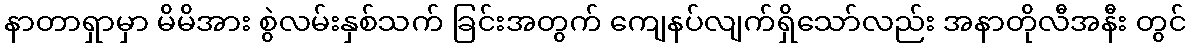
နာတာရှာမှာ မိမိအား စွဲလမ်းနှစ်သက် ခြင်းအတွက် ကျေနပ်လျက်ရှိသော်လည်း အနာတိုလီအနီး တွင်